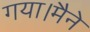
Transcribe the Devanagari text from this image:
गया।मैने